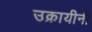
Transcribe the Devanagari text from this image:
उक्रायीनी